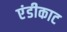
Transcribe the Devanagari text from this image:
एंडीकाट